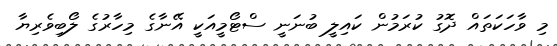
މި ވާހަކަތައް ދޮގު ކުރަމުން ކައިލީ ބުނަނީ ސްޓޯމީއަކީ އޭނާގެ މިހާރުގެ ލޯބިވެރިޔާ